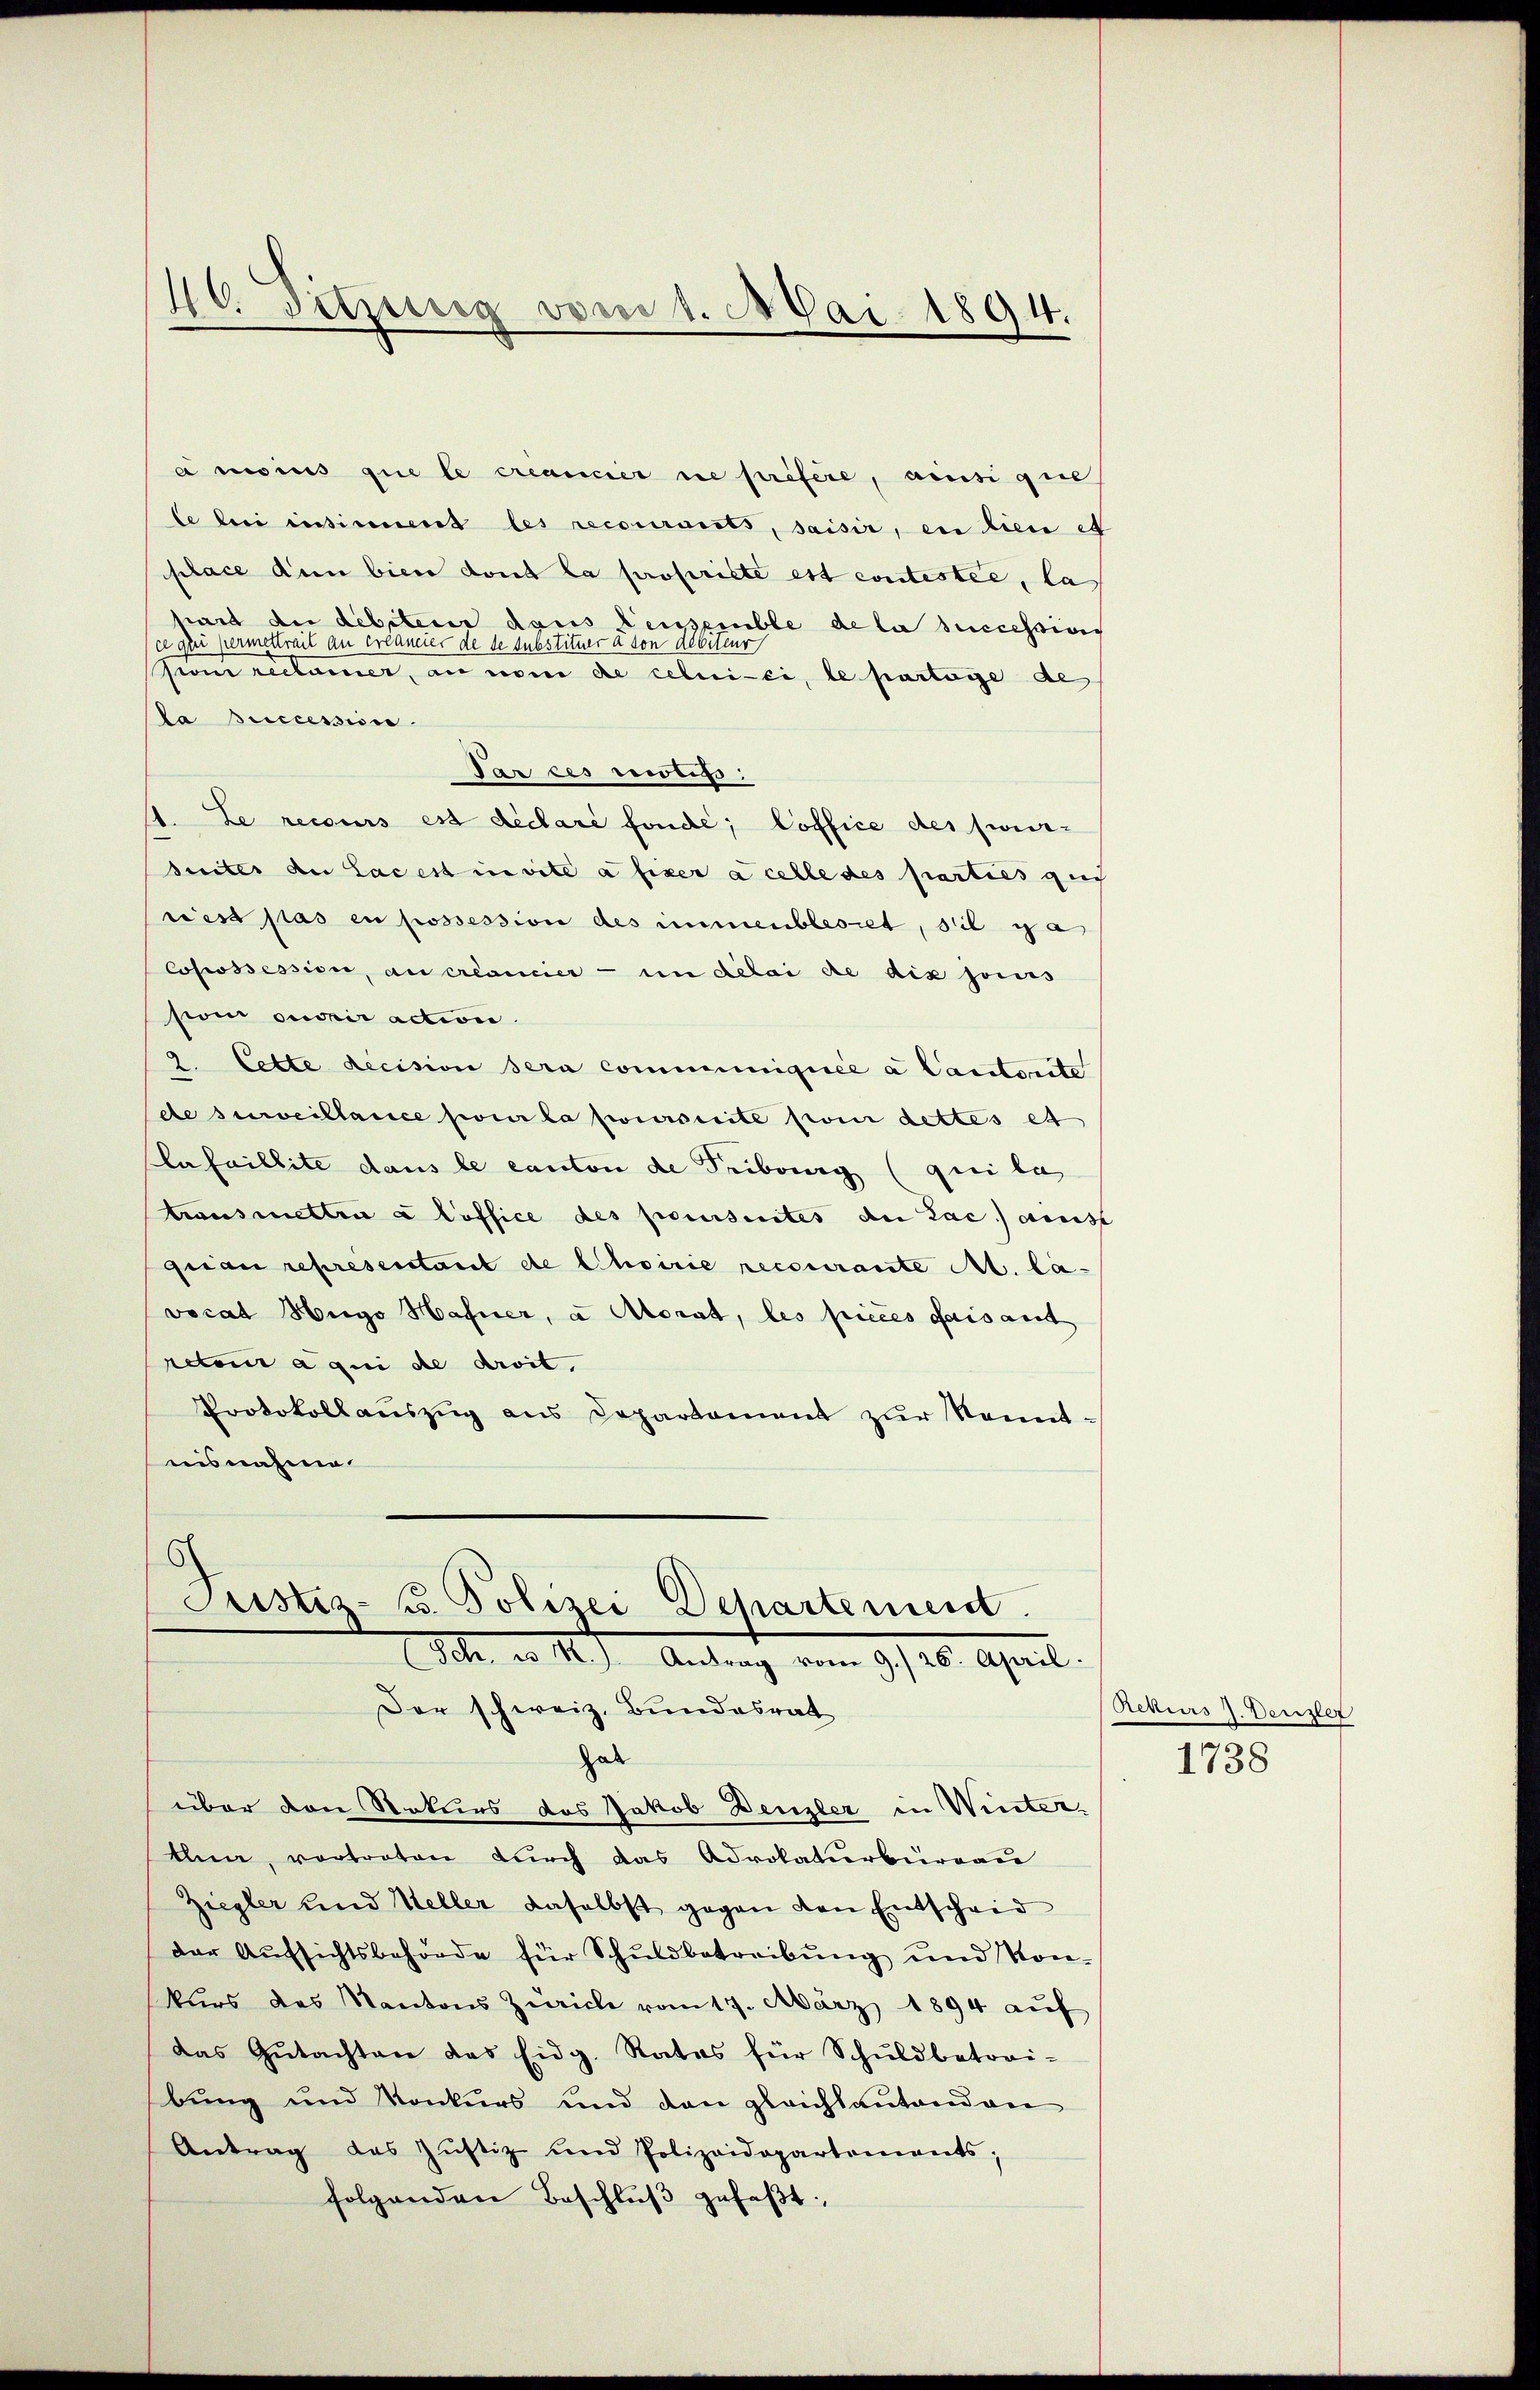
40. Sitzung vom 1. Mai 1894.

à moins que le créancier ne prefere, ainsi que
le bei intiment les recourants, saisir, in dien et
place den bien dont la propriste est contestée, la
hard du débiteur dans leusemble de la successions
ce aber hermettreit au créancier de de substituer à son debiteur
Pom reclamer, an von de celui-ci, le partage de
la successin
Par ces citis
1. Le recours est déclare fonde; Coffice des frei-
suiter du Lacest invite à fixer à celle des parties gut
riest pas en possession des immenbleoret, sie ga
Cosiossession, au créancier - in delai de dix jouis
sion ouvrir action.
2. Cette diecision sera communiquée a Cantorite
de surveillance pour la poursuite pour dettes et
Lafaillite dans le canton de Tribung (qui la
transmettra a loffice des poursuites der Lac, aus
grau representant de Choirie recourante M. la-
vocat Hugo Hafner, a Morat, les pieces faisant
retour a qui de droit.
Protokollauszug aus Departament zur Kenntisnahme.

.
Cristiz- u. Polizei-Departement.
Sch., wo II.) Antrag vom 9./26. April.
Der schweiz. Bundesrat

hab
über den Rekurs des Jakob Denzler in Winter-
thun, vertreten durch das Advokaturbüreau
Ziegler und Keller daselbst gegen den Entscheid
der Aufsichtsbehörde für Schuldbetreibung und Kon-
kŭrs des Kantons Zürich vom 17. März 1894 aŭf
das Gŭtachten das Eidg. Rates für Schŭldbatori-
bung und Konkurs und den gleichtantenden
Antrag das Justiz- und Polizeidepartements;
folgenden Beschlŭβ gefaβt:

Ackurs J. Denzler
1738